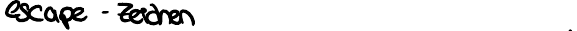
escape - Zeichen